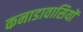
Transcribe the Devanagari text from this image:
कनाडावासियों